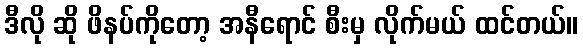
ဒီလို ဆို ဖိနပ်ကိုတော့ အနီရောင် စီးမှ လိုက်မယ် ထင်တယ်။